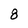
Character: 8